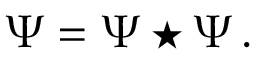
\Psi = \Psi \star \Psi \, .